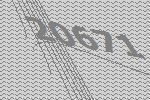
20671